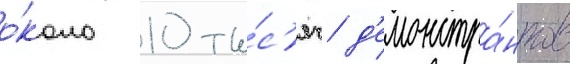
о́коло 10 ты́с'яч д'емонстра́нтов